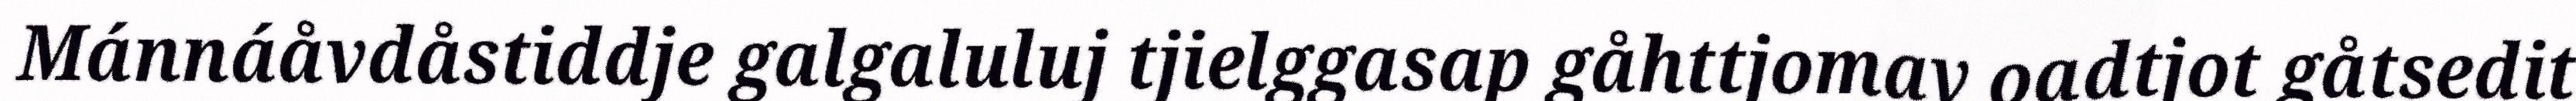
Mánnáåvdåstiddje galgaluluj tjielggasap gåhttjomav oadtjot gåtsedit